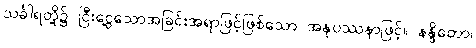
သင်္ခါရတို့၌ ငြီးငွေ့သောအခြင်းအရာဖြင့်ဖြစ်သော အနုပဿနာဖြင့်။ နန္ဒိတော၊